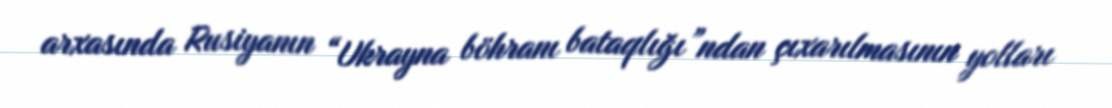
arxasında Rusiyanın “Ukrayna böhranı bataqlığı”ndan çıxarılmasının yolları